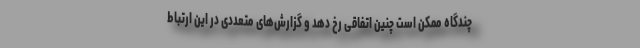
چندگاه ممکن است چنین اتفاقی رخ دهد و گزارش‌های متعددی در این ارتباط